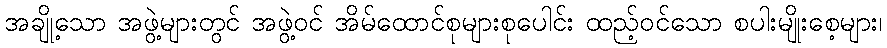
အချို့သော အဖွဲ့များတွင် အဖွဲ့ဝင် အိမ်ထောင်စုများစုပေါင်း ထည့်ဝင်သော စပါးမျိုးစေ့များ၊